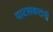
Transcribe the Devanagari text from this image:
पाटसकरांनी